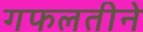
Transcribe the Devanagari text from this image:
गफलतीने